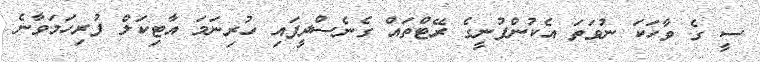
ސީ ގެ ވާހަކަ ނުވަތަ އެކުންފުނީގެ ރޭޓްތައް ގެނެސްދީފައި ހުރިނަމަ އާޓިކަލް ފުރިހަމަވާނެ